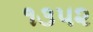
૧૩૫૨